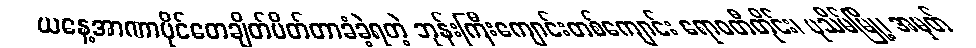
ယနေ့အာဏာပိုင်တေချိတ်ပိတ်တာခံခဲ့ရတဲ့ ဘုန်းကြီးကျောင်းတစ်ကျောင်း ဧရာဝတီတိုင်း၊ ပုသိမ်မြို့၊ အမှတ်